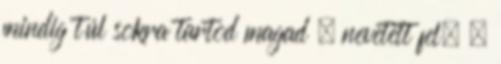
mindig túl sokra tartod magad – nevetett fel. –